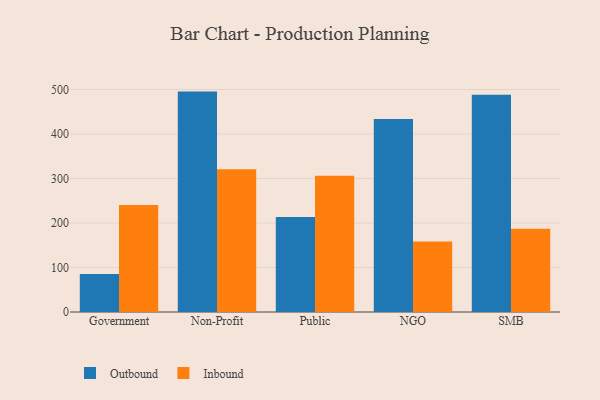
{"axis": {"x": "Segment", "y": "Demand Index"}, "legend": ["Inbound", "Outbound"], "data": [{"x": "Government", "y": 85.6, "type": "Outbound"}, {"x": "Government", "y": 240.3, "type": "Inbound"}, {"x": "Non-Profit", "y": 495.3, "type": "Outbound"}, {"x": "Non-Profit", "y": 320.9, "type": "Inbound"}, {"x": "Public", "y": 213.7, "type": "Outbound"}, {"x": "Public", "y": 306.1, "type": "Inbound"}, {"x": "NGO", "y": 433.8, "type": "Outbound"}, {"x": "NGO", "y": 158.3, "type": "Inbound"}, {"x": "SMB", "y": 488.2, "type": "Outbound"}, {"x": "SMB", "y": 187.2, "type": "Inbound"}]}